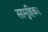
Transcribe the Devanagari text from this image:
सामूहिक।